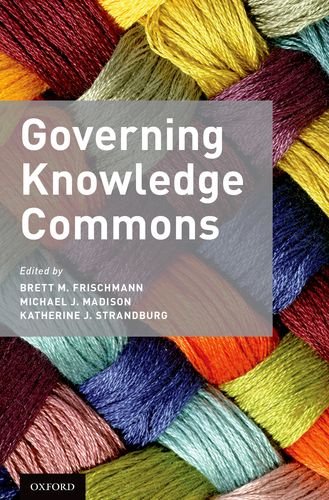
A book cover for Governing Knowledge Commons; Law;